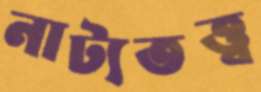
নাট্যতত্ত্ব